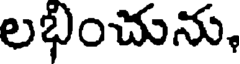
లభించును,